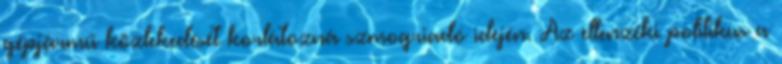
gépjármű közlekedését korlátozná szmogriadó idején. Az ellenzéki politikus a